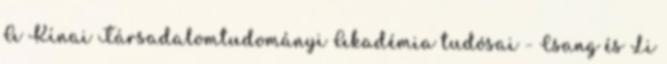
A Kínai Társadalomtudományi Akadémia tudósai - Csang és Li